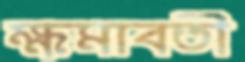
ক্ষমাবতী